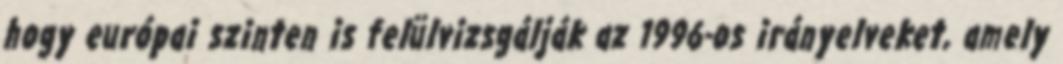
hogy európai szinten is felülvizsgálják az 1996-os irányelveket, amely